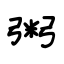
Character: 粥